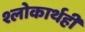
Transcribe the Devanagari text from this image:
श्लोकार्थही